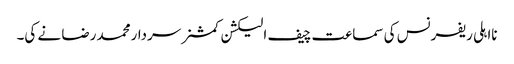
نااہلی ریفرنس کی سماعت چیف الیکشن کمشنر سردارمحمد رضا نے کی۔